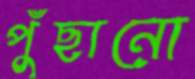
পুঁছানো